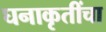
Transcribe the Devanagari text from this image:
घनाकृतींचा